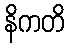
နိကတိ